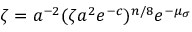
\zeta = a ^ { - 2 } ( \zeta a ^ { 2 } e ^ { - c } ) ^ { n / 8 } e ^ { - \mu _ { \sigma } }